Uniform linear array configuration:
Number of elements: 8
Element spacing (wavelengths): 0.25
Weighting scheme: kaiser
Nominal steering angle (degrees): -45
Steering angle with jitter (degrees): -43.374
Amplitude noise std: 0.05
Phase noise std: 0.05

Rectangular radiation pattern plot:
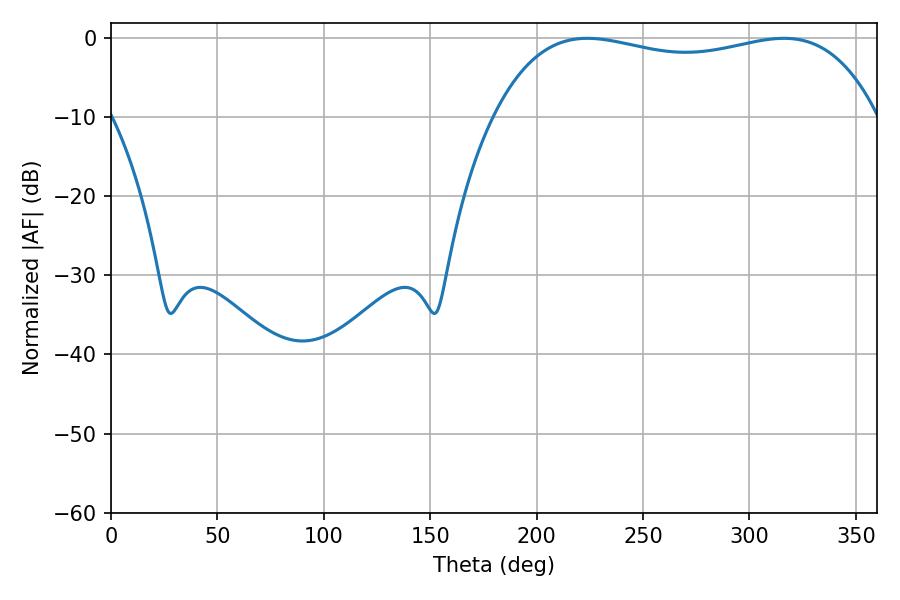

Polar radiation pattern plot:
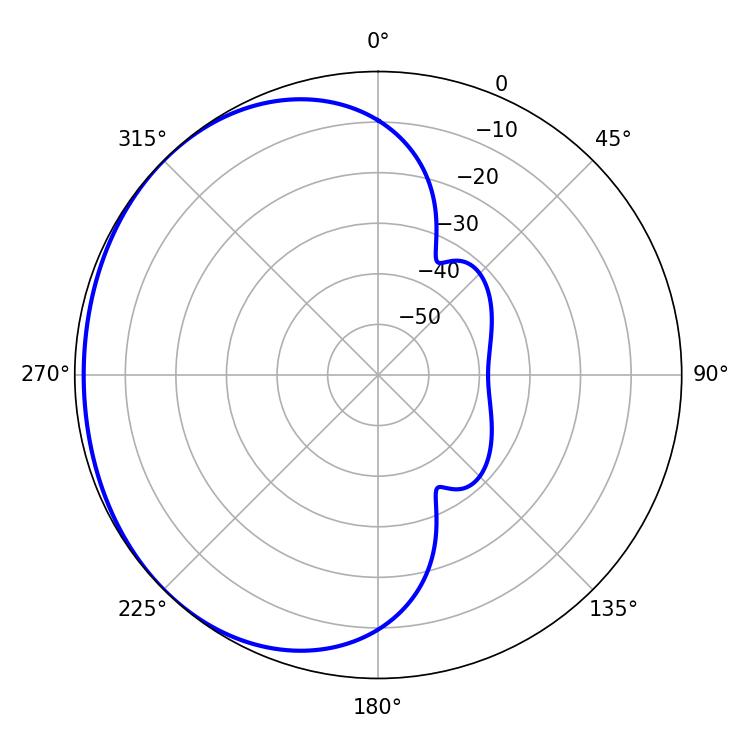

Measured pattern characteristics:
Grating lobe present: FALSE
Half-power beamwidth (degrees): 145.8
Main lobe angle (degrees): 223.92